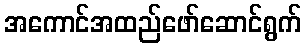
အကောင်အထည်ဖော်ဆောင်ရွက်